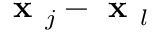
\textbf { x } _ { j } - \textbf { x } _ { l }